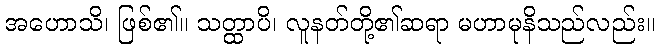
အဟောသိ၊ ဖြစ်၏။ သတ္ထာပိ၊ လူနတ်တို့၏ဆရာ မဟာမုနိသည်လည်း။